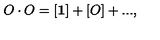
O \cdot O = [ { \bf 1 } ] + [ O ] + . . . ,